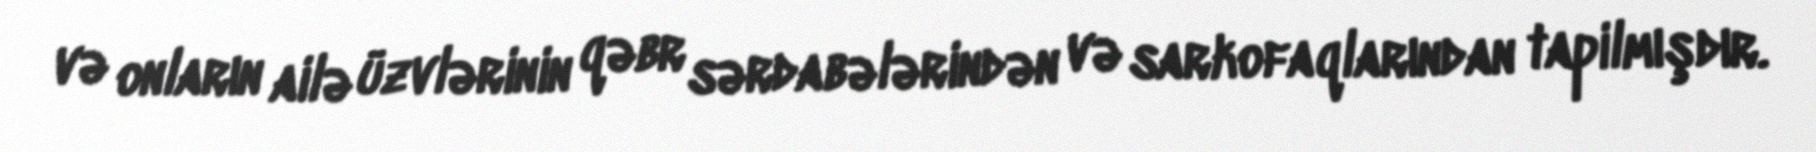
və onların ailə üzvlərinin qəbr sərdabələrindən və sarkofaqlarından tapilmışdır.